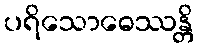
ပရိသောဓေဿန္တိ